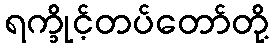
ရက္ခိုင့်တပ်တော်တို့